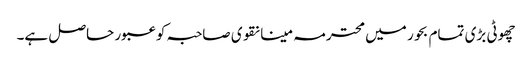
چھوٹی بڑی تمام بحور میں محترمہ مینا نقوی صاحبہ کو عبور حاصل ہے۔